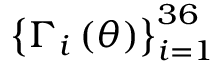
\left\{ \Gamma _ { i } \left( \theta \right) \right\} _ { i = 1 } ^ { 3 6 }